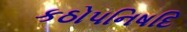
કઠોપનિષદિ